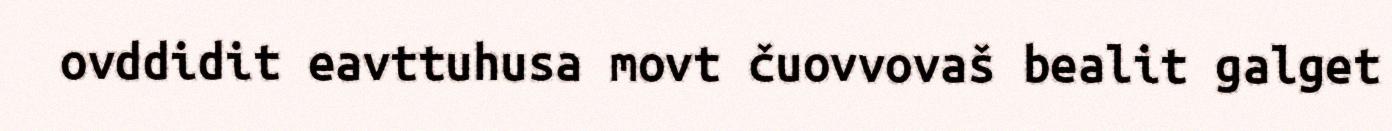
ovddidit eavttuhusa movt čuovvovaš bealit galget